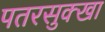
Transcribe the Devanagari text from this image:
पतरसुक्खा